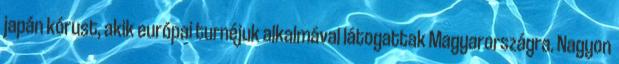
japán kórust, akik európai turnéjuk alkalmával látogattak Magyarországra. Nagyon